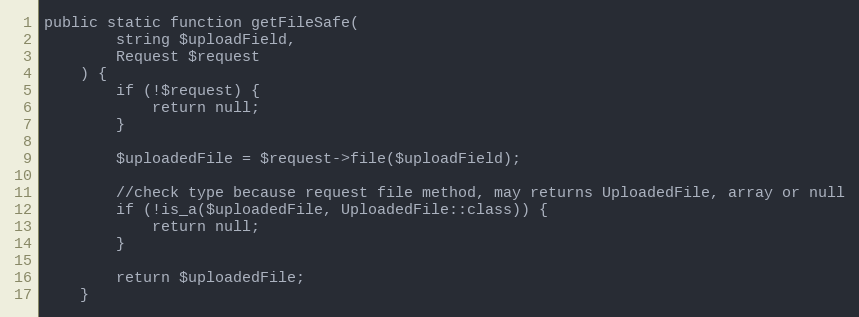
Language: PHP
public static function getFileSafe(
        string $uploadField,
        Request $request
    ) {
        if (!$request) {
            return null;
        }

        $uploadedFile = $request->file($uploadField);

        //check type because request file method, may returns UploadedFile, array or null
        if (!is_a($uploadedFile, UploadedFile::class)) {
            return null;
        }

        return $uploadedFile;
    }